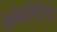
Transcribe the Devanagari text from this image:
वेलेमनिटिडी